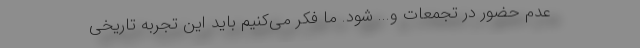
عدم حضور در تجمعات و... شود. ما فکر می‌کنیم باید این تجربه تاریخی